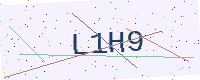
Text: L1H9